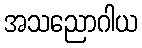
အသညောဂါယ